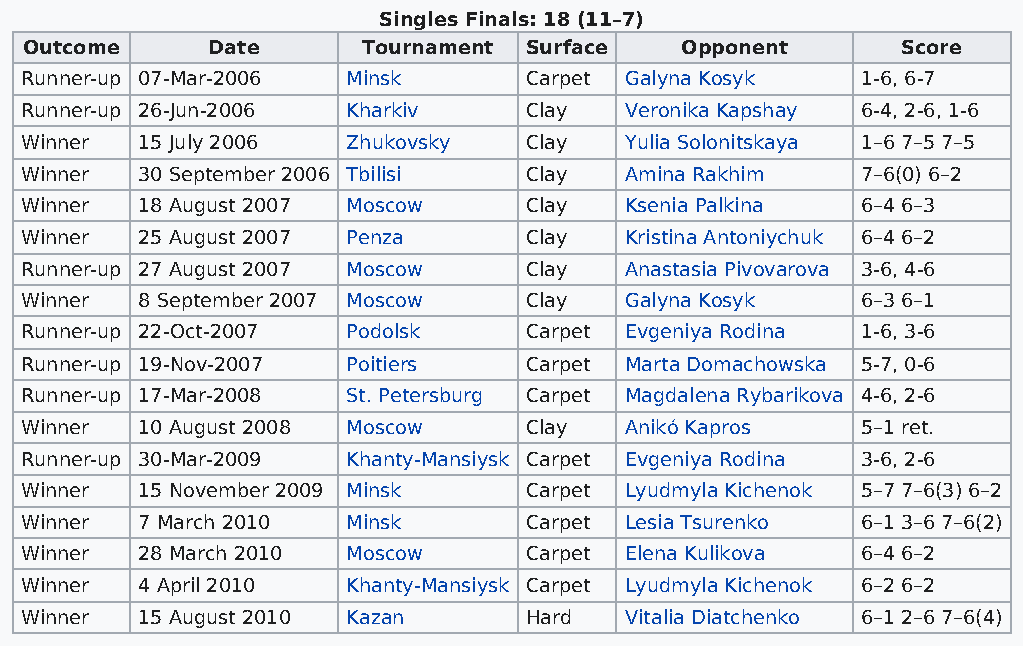
Singles Finals: 18 (11–7)
 Outcome     Date      Tournament Surface   Opponent       Score
 Runner-up 07-Mar-2006 Minsk       Carpet Galyna Kosyk   1-6, 6-7
 Runner-up 26-Jun-2006 Kharkiv     Clay  Veronika Kapshay 6-4, 2-6, 1-6
 Winner  15 July 2006  Zhukovsky   Clay  Yulia Solonitskaya 1–6 7–5 7–5
 Winner  30 September 2006 Tbilisi Clay  Amina Rakhim    7–6(0) 6–2
 Winner  18 August 2007 Moscow     Clay  Ksenia Palkina  6–4 6–3
 Winner  25 August 2007 Penza      Clay  Kristina Antoniychuk 6–4 6–2
 Runner-up 27 August 2007 Moscow   Clay  Anastasia Pivovarova 3-6, 4-6
 Winner  8 September 2007 Moscow   Clay  Galyna Kosyk    6–3 6–1
 Runner-up 22-Oct-2007 Podolsk     Carpet Evgeniya Rodina 1-6, 3-6
 Runner-up 19-Nov-2007 Poitiers    Carpet Marta Domachowska 5-7, 0-6
 Runner-up 17-Mar-2008 St. Petersburg Carpet Magdalena Rybarikova 4-6, 2-6
 Winner  10 August 2008 Moscow     Clay  Anikó Kapros    5–1 ret.
 Runner-up 30-Mar-2009 Khanty-Mansiysk Carpet Evgeniya Rodina 3-6, 2-6
 Winner  15 November 2009 Minsk    Carpet Lyudmyla Kichenok 5–7 7–6(3) 6–2
 Winner  7 March 2010  Minsk       Carpet Lesia Tsurenko 6–1 3–6 7–6(2)
 Winner  28 March 2010 Moscow      Carpet Elena Kulikova 6–4 6–2
 Winner  4 April 2010  Khanty-Mansiysk Carpet Lyudmyla Kichenok 6–2 6–2
 Winner  15 August 2010 Kazan      Hard  Vitalia Diatchenko 6–1 2–6 7–6(4)